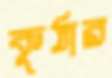
কুঠার